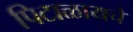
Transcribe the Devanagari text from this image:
पिटाळायचे